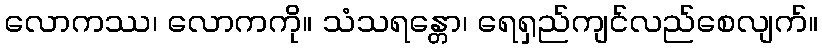
လောကဿ၊ လောကကို။ သံသရန္တော၊ ရေရှည်ကျင်လည်စေလျက်။